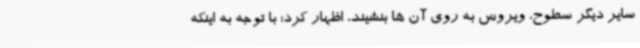
سایر دیگر سطوح، ویروس به روی آن ها بنشیند، اظهار کرد: با توجه به اینکه